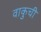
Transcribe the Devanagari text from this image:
वाकुची